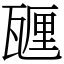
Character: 甅